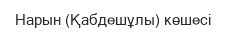
Нарын (Қабдешұлы) көшесі